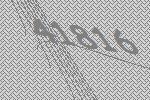
41816